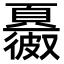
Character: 𩕂